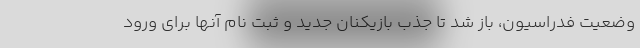
وضعیت فدراسیون، باز شد تا جذب بازیکنان جدید و ثبت نام آنها برای ورود